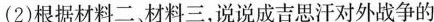
(2)根据材料二、材料三，说说成吉思汗对外战争的